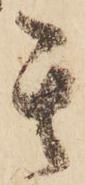
其